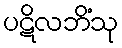
ပဋိလဘိံသု